Report of an investigation into the causes of malaria in Bombay and the measures necessary for its control
Disease focus: Malaria
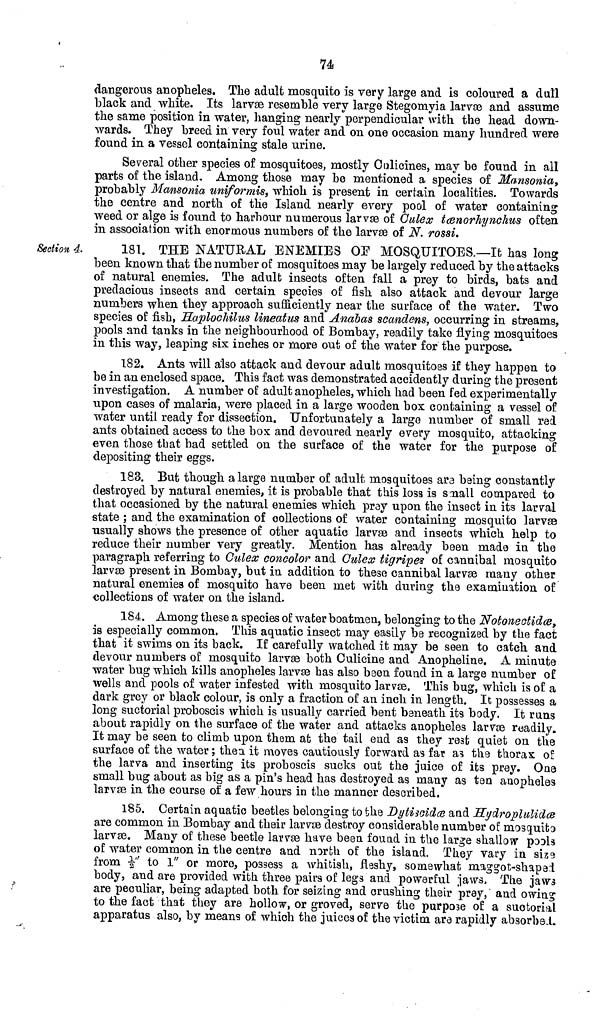
74
dangerous anopheles. The adult mosquito is very large and is coloured a dull
black and white. Its larvæ resemble very large Stegomyia larvæ and assume
the same position in water, hanging nearly perpendicular with the head down-
wards. They breed in very foul water and on one occasion many hundred were
found in a vessel containing; stale urine.
Several other species of mosquitoes, mostly Culicines, may he found in all
parts of the island. Among those may be mentioned a species of Mansonia,
probably Mansonia uniformis, which is present in certain localities. Towards
the centre and north of the Island nearly every pool of water containing
weed or alge is found to harbour numerous larvæ of Culex tænorhynchus often
in association with enormous numbers of the larvæ of N. rossi.
Section 4.
181. THE NATURAL ENEMIES OF MOSQUITOES.—It has long
been known that the number of mosquitoes may be largely reduced by the attacks
of natural enemies. The adult insects often fall a prey to birds, bats and
predacious insects and certain species of fish also attack and devour large
numbers when they approach sufficiently near the surface of the water. Two
species of fish, Haplochilus lineatus and Anabas scandens, occurring in streams,
pools and tanks in the neighbourhood of Bombay, readily take flying mosquitoes
in this way, leaping six inches or more out of the water for the purpose.
182. Ants will also attack and devour adult mosquitoes if they happen to
be in an enclosed space. This fact was demonstrated accidently during the present
investigation. A number of adult anopheles, which had been fed experimentally
upon cases of malaria, were placed in a large wooden box containing a vessel of
water until ready for dissection. Unfortunately a largo number of small red
ants obtained access to the box and devoured nearly every mosquito, attacking
even those that had settled on the surface of the water for the purpose of
depositing their eggs.
183. But though a large number of adult mosquitoes ara being constantly
destroyed by natural enemies, it is probable that this loss is small compared to
that occasioned by the natural enemies which pray upon the insect in its larval
state ; and the examination of collections of water containing mosquito larvæ
usually shows the presence of other aquatic larvæ and insects which help to
reduce their number very greatly. Mention has already been made in the
paragraph referring to Culex concolor and Culex tigripes of cannibal mosquito
larvæ present in Bombay, but in addition to these cannibal larvæ many other
natural enemies of mosquito have been met with during the examination of
collections of water on the island.
184. Among these a species of water boatmen, belonging to the Notonectidœ,
is especially common. This aquatic insect may easily be recognized by the fact
that it swims on its back. If carefully watched it may be seen to catch and
devour numbers of mosquito larvæ both Culicine and Anopheline. A miaute
water bug which kills anopheles larvæ has also been found in a large number of
wells and pools of water infested with mosquito larvæ. This bug, which is of a
dark grey or black colour, is only a fraction of an inch in length. It possesses a
long suctorial proboscis which is usually carried bent baneath its body. It runs
about rapidly on the surface of the water and attacks anopheles larvæ readily.
It may be seen to climb upon them at the tail end as they rest quiet on the
surface of the water ; then it moves cautiously forward as fat as the thorax of
the larva and inserting its proboscis sucks out the juice of its prey. One
small bug about as big as a pin's head has destroyed as many as ten anopheles
larvæ in the course of a few hours in the manner described.
185. Certain aquatic beetles belonging to the Dytiscidæ and Hydroplulidæ
are common in Bombay and their larvæ destroy considerable number of mosquita
larvæ. Many of these beetle larvæ have been found in the large shallow pools
of water common in the centre and north of the island. They vary in size
from 1/2" to 1" or more, possess a whitish, fleshy, somewhat maggot-shapad
body, and are provided with three pairs of legs and powerful jaws, The jaws
are peculiar, being adapted both for seizing and crushing their prey, and owing
to the fact that they are hollow, or groved, serve the purpose of a suctorial
apparatus also, by means of which the juices of the victim are rapidly absorbed.